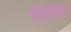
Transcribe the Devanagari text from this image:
इछ्छा